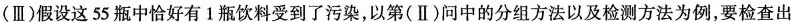
(Ⅲ)假设这55瓶中恰好有1瓶饮料受到了污染，以第(Ⅱ)问中的分组方法以及检测方法为例，要检查出